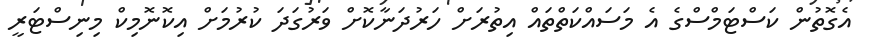
އެގޮތުން ކަސްޓަމްސްގެ އެ މަސައްކަތްތައް އިތުރަށް ހަރުދަނާކޮށް ވަރުގަދަ ކުރުމަށް އިކޮނޮމިކް މިނިސްޓަރީ